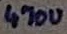
Text: 470u